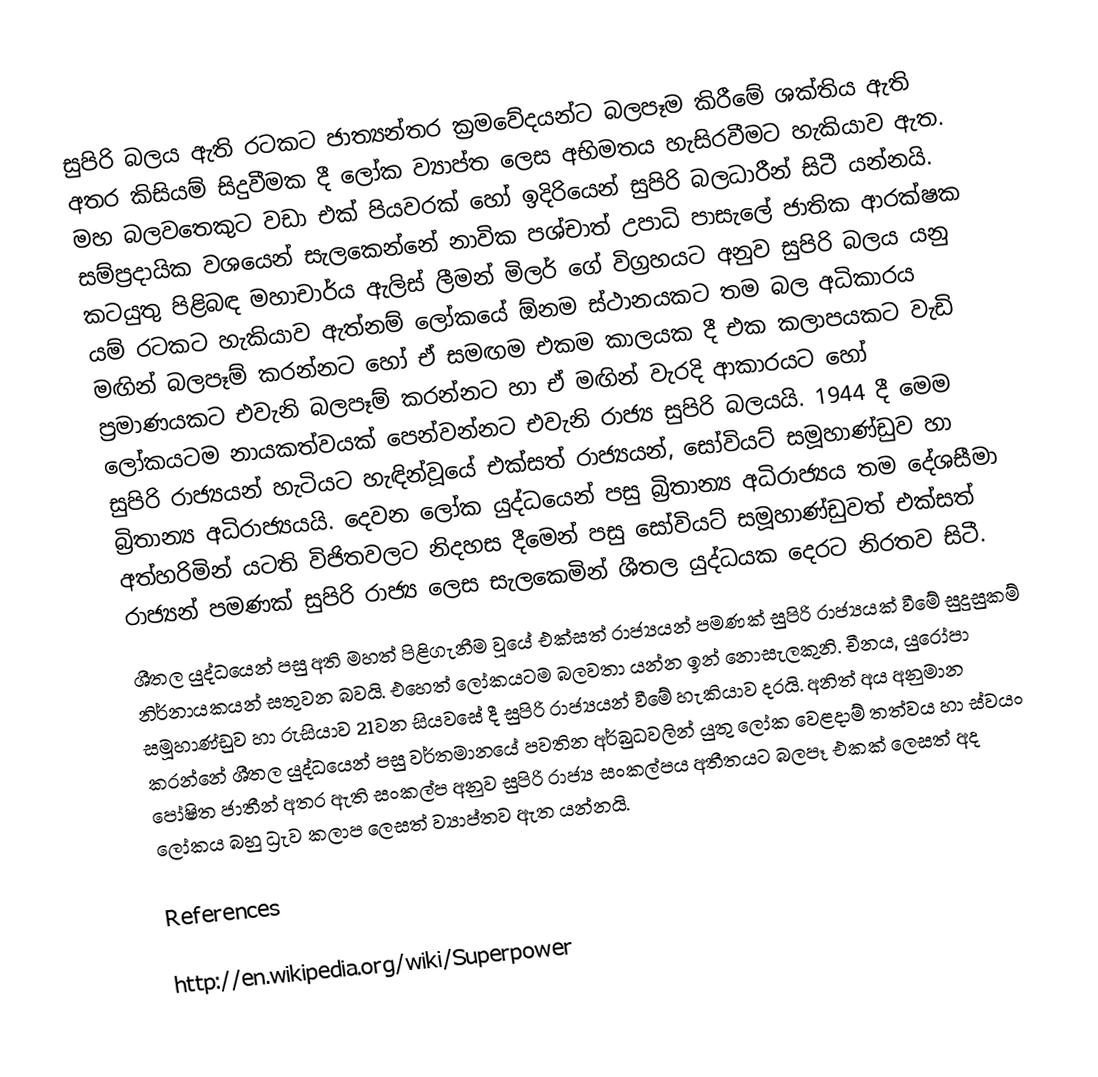
සුපිරි බලය ඇති රටකට ජාත්‍යන්තර ක්‍රමවේදයන්ට බලපෑම කිරීමේ ශක්තිය ඇති අතර කිසියම් සිදුවීමක දී ලෝක ව්‍යාප්ත ලෙස අභිමතය හැසිරවීමට හැකියාව ඇත. මහ බලවතෙකුට වඩා එක් පියවරක් හෝ ඉදිරියෙන් සුපිරි බලධාරීන් සිටී යන්නයි. සම්ප්‍රදායික වශයෙන් සැලකෙන්නේ නාවික පශ්චාත් උපාධි පාසැලේ ජාතික ආරක්ෂක කටයුතු පිළිබඳ මහාචාර්ය ඇලිස් ලීමන් මිලර් ගේ විග්‍රහයට අනුව සුපිරි බලය යනු යම් රටකට හැකියාව ඇත්නම් ලෝකයේ ඕනම ස්ථානයකට තම බල අධිකාරය මඟින් බලපෑම් කරන්නට හෝ ඒ සමඟම එකම කාලයක දී එක කලාපයකට වැඩි ප්‍රමාණයකට එවැනි බලපෑම් කරන්නට හා ඒ මඟින් වැරදි ආකාරයට හෝ ලෝකයටම නායකත්වයක් පෙන්වන්නට එවැනි රාජ්‍ය සුපිරි බලයයි. 1944 දී මෙම සුපිරි රාජ්‍යයන් හැටියට හැඳින්වූ‍යේ එක්සත් රාජ්‍යයන්, සෝවියට් සමූහාණ්ඩුව හා බ්‍රිතාන්‍ය අධිරාජ්‍යයයි. දෙවන ලෝක යුද්ධයෙන් පසු බ්‍රිතාන්‍ය අධිරාජ්‍යය තම දේශසීමා අත්හරිමින් යටති විජිතවලට නිදහස දීමෙන් පසු සෝවියට් සමූහාණ්ඩුවත් එක්සත් රාජ්‍යන් පමණක් සුපිරි රාජ්‍ය ලෙස සැලකෙමින් ශීතල යුද්ධයක දෙරට නිරතව සිටී.
ශීතල යුද්ධයෙන් පසු අති මහත් පිළිගැනීම වූයේ එක්සත් රාජ්‍යයන් පමණක් සුපිරි රාජ්‍යයක් වීමේ සුදුසුකම් නිර්නායකයන් සතුවන බවයි. එහෙත් ලෝකයටම බලවතා යන්න ඉන් නොසැලකුනි. චීනය, යුරෝපා සමූහාණ්ඩුව හා රුසියාව 21වන සියවසේ දී සුපිරි රාජ්‍යයන් වීමේ හැකියාව දරයි. අනිත් අය අනුමාන කරන්නේ ශීතල යුද්ධයෙන් පසු වර්තමානයේ පවතින අර්බුධවලින් යුතු ලෝක වෙළදාම් තත්වය හා ස්වයං පෝෂිත ජාතීන් අතර ඇති සංකල්ප අනුව සුපිරි ‍රාජ්‍ය සංකල්පය අතීතයට බලපෑ එකක් ලෙසත් අද ලෝකය බහු ධ්‍රැව කලාප ලෙසත් ව්‍යාප්තව ඇත යන්නයි.

References

http://en.wikipedia.org/wiki/Superpower